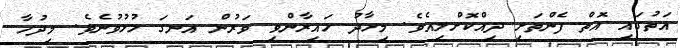
އަތުގައި އޮތް ފެންތަށި ދިއްކޮށްލިއެވެ. މިހާދު ހައިރާންވި ވަރުން އަނގަ ހުޅުވުނެވެ. މިދުހާ